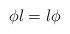
LaTeX: \begin{align*}\phi l=l\phi\end{align*}